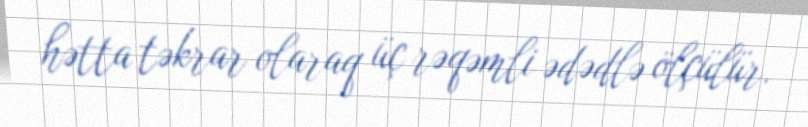
hətta təkrar olaraq üç rəqəmli ədədlə ölçülür.